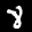
Label: 8